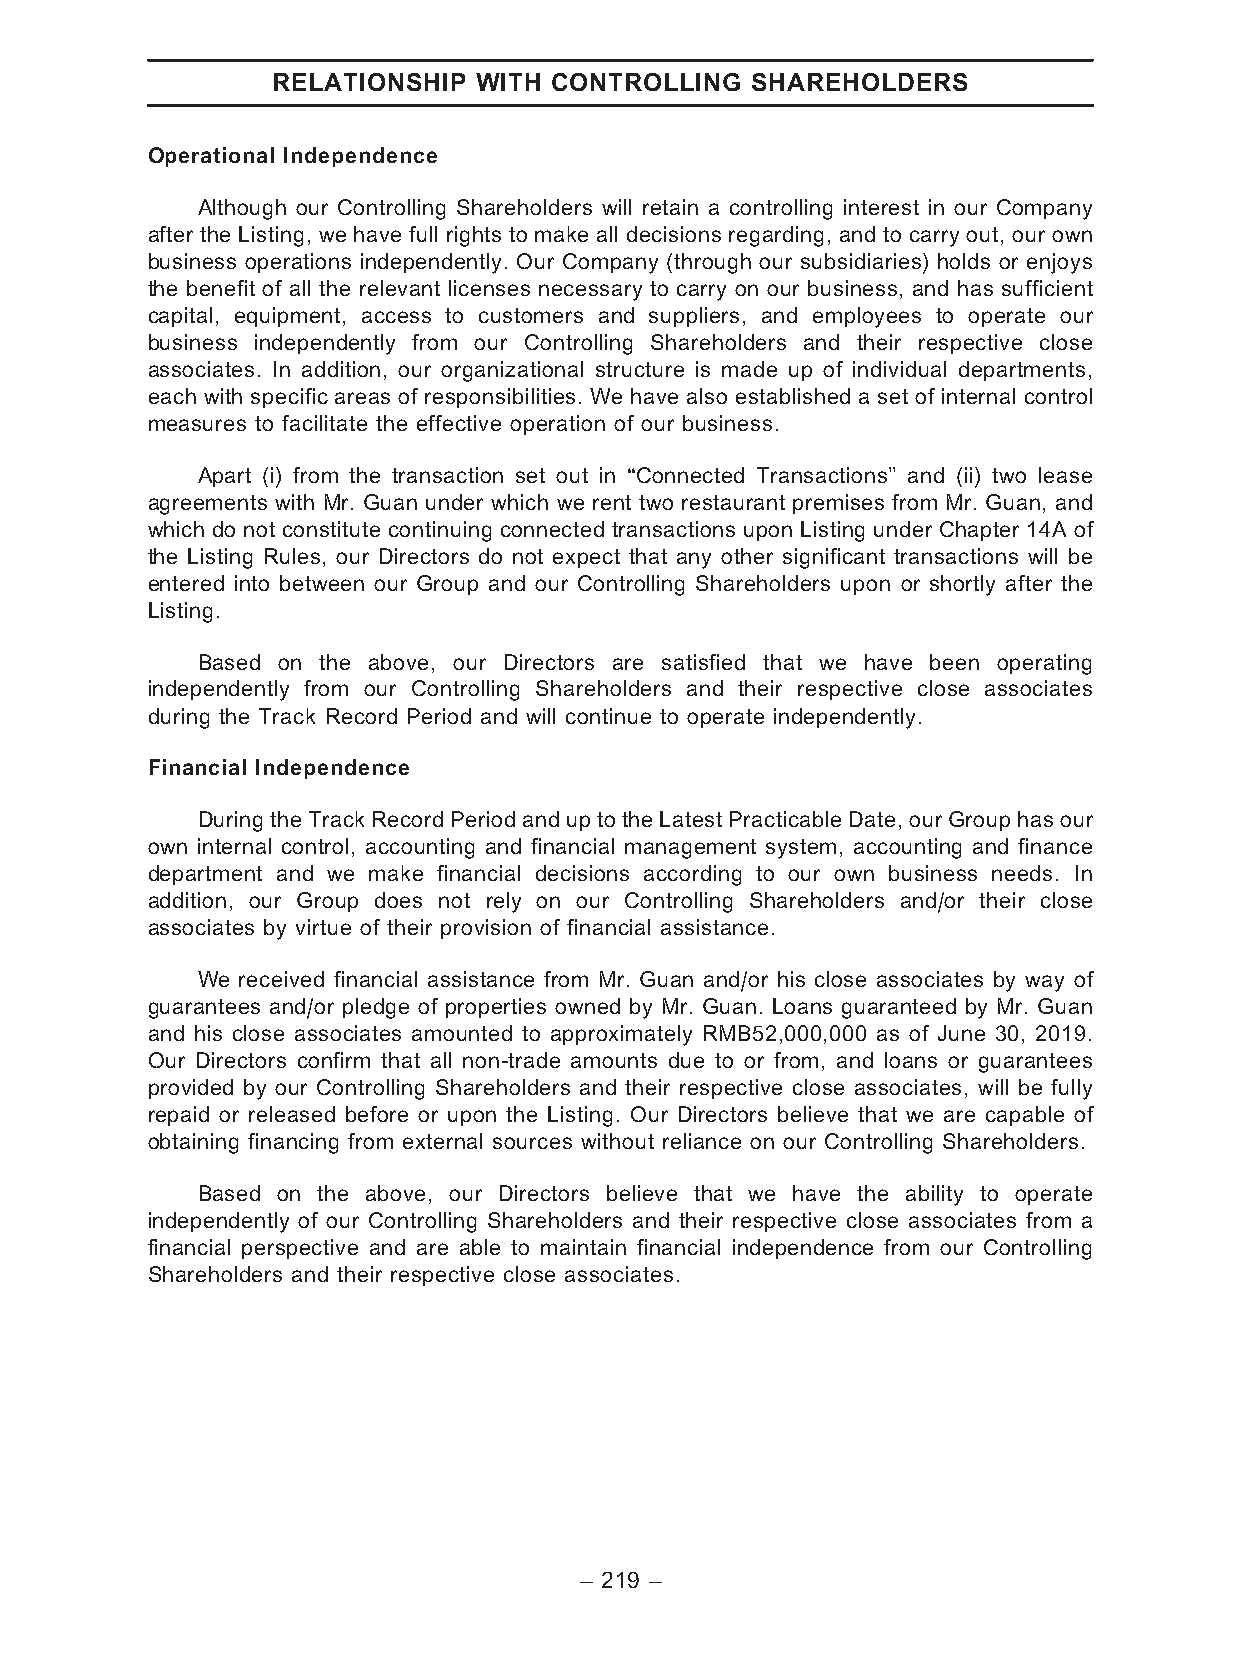
RELATIONSHIP WITH CONTROLLING   SHAREHOLDERS
 Operational Independence
 Although our Controlling Shareholders will retain a controlling interest in our Company
 after the Listing, we have full rights to make all decisions regarding, and to carry out, our own
 business operations independently. Our Company (through our subsidiaries) holds or enjoys
 the benefit of all the relevant licenses necessary to carry on our business, and has sufficient
 capital, equipment, access to customers and suppliers, and employees to operate our
 business independently from our Controlling Shareholders and their respective close
 associates. In addition, our organizational structure is made up of individual departments,
 each with specific areas of responsibilities. We have also established a set of internal control
 measures to facilitate the effective operation of our business.
 Apart (i) from the transaction set out in ‘‘Connected Transactions’’ and (ii) two lease
 agreements with Mr. Guan under which we rent two restaurant premises from Mr. Guan, and
 which do not constitute continuing connected transactions upon Listing under Chapter 14A of
 the Listing Rules, our Directors do not expect that any other significant transactions will be
 entered into between our Group and our Controlling Shareholders upon or shortly after the
 Listing.
 Based on the above, our Directors are satisfied that we have been operating
 independently from our Controlling Shareholders and their respective close associates
 during the Track Record Period and will continue to operate independently.
 Financial Independence
 During theTrackRecord Period and uptotheLatestPracticableDate, ourGroup hasour
 own internal control, accounting and financial management system, accounting and finance
 department and we make financial decisions according to our own business needs. In
 addition, our Group does not rely on our Controlling Shareholders and/or their close
 associates by virtue of their provision of financial assistance.
 We received financial assistance from Mr. Guan and/or his close associates by way of
 guarantees and/or pledge of properties owned by Mr. Guan. Loans guaranteed by Mr. Guan
 and his close associates amounted to approximately RMB52,000,000 as of June 30, 2019.
 Our Directors confirm that all non-trade amounts due to or from, and loans or guarantees
 provided by our Controlling Shareholders and their respective close associates, will be fully
 repaid or released before or upon the Listing. Our Directors believe that we are capable of
 obtaining financing from external sources without reliance on our Controlling Shareholders.
 Based on the above, our Directors believe that we have the ability to operate
 independently of our Controlling Shareholders and their respective close associates from a
 financial perspective and are able to maintain financial independence from our Controlling
 Shareholders and their respective close associates.
 – 219 –